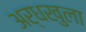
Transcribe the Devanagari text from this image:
अर्धखुला